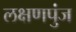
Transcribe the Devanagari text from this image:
लक्षणपुंज